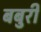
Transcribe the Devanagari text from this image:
बबुरी